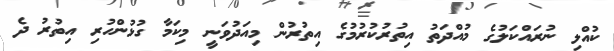
ކުއްލި ނުރައްކަލުގެ މުއްދަތު އިތުރުކުރުމުގެ އިތުރުން މިއަދުވަނީ މިކަމާ ގުޅުންހުރި އިތުރު ދެ